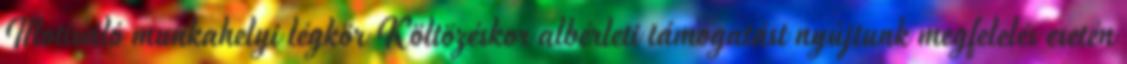
Motiváló munkahelyi légkör Költözéskor albérleti támogatást nyújtunk megfelelés esetén